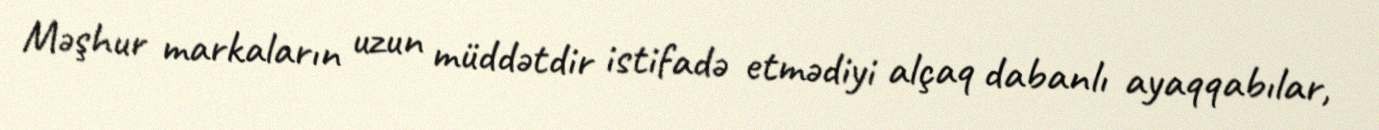
Məşhur markaların uzun müddətdir istifadə etmədiyi alçaq dabanlı ayaqqabılar,